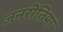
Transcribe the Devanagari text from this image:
जनरीतियां